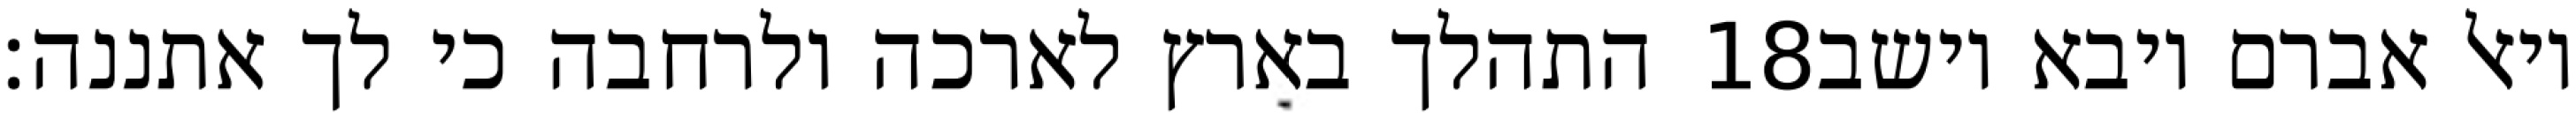
התהלך בארץ לארכה ולרחבה כי לך אתננה׃ ‎18‏ ויאל אברם ויבא וישב